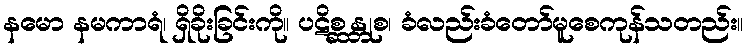
နမော နမကာရံ၊ ရှိခိုးခြင်းကို။ ပဋိစ္ဆန္တုစ၊ ခံလည်းခံတော်မူစေကုန်သတည်း။